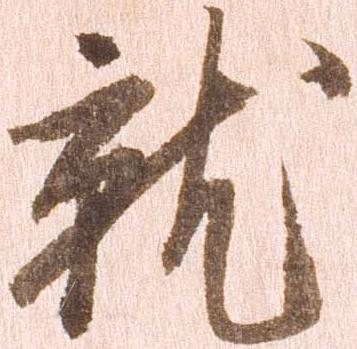
就